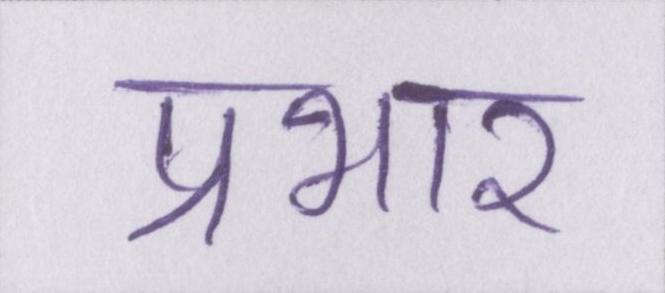
प्रभार